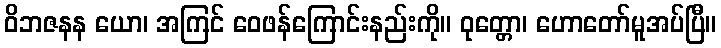
ဝိဘဇနန ယော၊ အကြင် ဝေဖန်ကြောင်းနည်းကို။ ဝုတ္တော၊ ဟောတော်မူအပ်ပြီ။